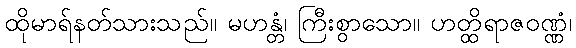
ထိုမာရ်နတ်သားသည်။ မဟန္တံ၊ ကြီးစွာသော။ ဟတ္ထိရာဇဝဏ္ဏံ၊